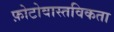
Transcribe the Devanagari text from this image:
फ़ोटोवास्तविकता